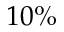
1 0 \%